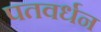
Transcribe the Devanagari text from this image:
पतवर्धन